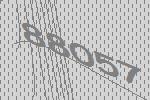
88057